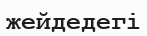
жейдедегі